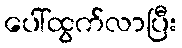
ပေါ်ထွက်လာပြီး